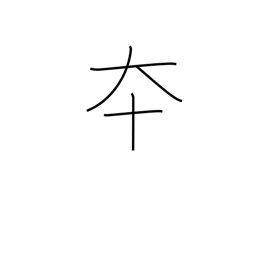
Meaning: advance quickly